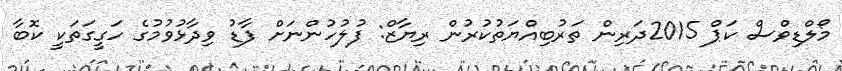
މޯލްޑިވްސް ކަޕް 2015ދަރިން ތަރުބިއްޔަތުކުރުން ރިޔާޒް: ފުލުހުންނަށް ފާޑު ވިދާޅުވުމުގެ ހަގީގަތަކީ ކޮބާ